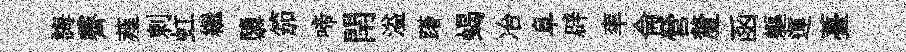
誨霽薤剌虹繼隳笳啼閈溢躇蝎冶阜辟率侖營釐函軀運薹